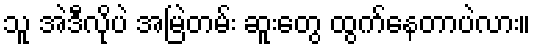
သူ အဲဒီလိုပဲ အမြဲတမ်း ဆူးတွေ ထွက်နေတာပဲလား။